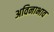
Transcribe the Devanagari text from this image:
अविनाभाव